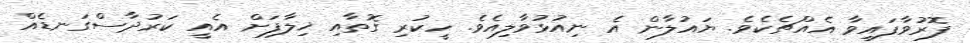
ފޮރުވާފައިވާ އެއްޗެކެވެ. ޔައުލާން އެ ނިއުޅުވާލިއެވެ. ހީކުރި ގޮތާއި ޚިލާފަށް އެއީ ކަރުދާސްގަނޑެއް